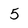
Character: 5